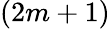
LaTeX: (2m+1)